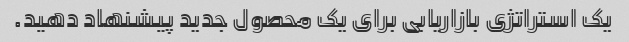
یک استراتژی بازاریابی برای یک محصول جدید پیشنهاد دهید.